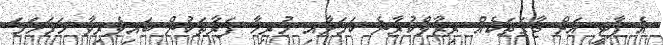
އެ ޕާޓީ އަށް ޖާގަތަކެއް ރިޒާވްކުރާނެ ކަމަށާއި ހުރިހާ ފަރާތަކުން ބައިވެރިވާ ހަމަހަމަ